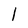
Character: l